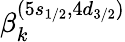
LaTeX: \beta_{k}^{(5s_{1/2},4d_{3/2})}